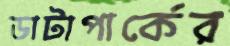
ডাটাপার্কের